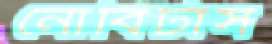
নোবিটাস